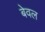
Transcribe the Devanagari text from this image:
बेवल